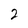
Character: 2